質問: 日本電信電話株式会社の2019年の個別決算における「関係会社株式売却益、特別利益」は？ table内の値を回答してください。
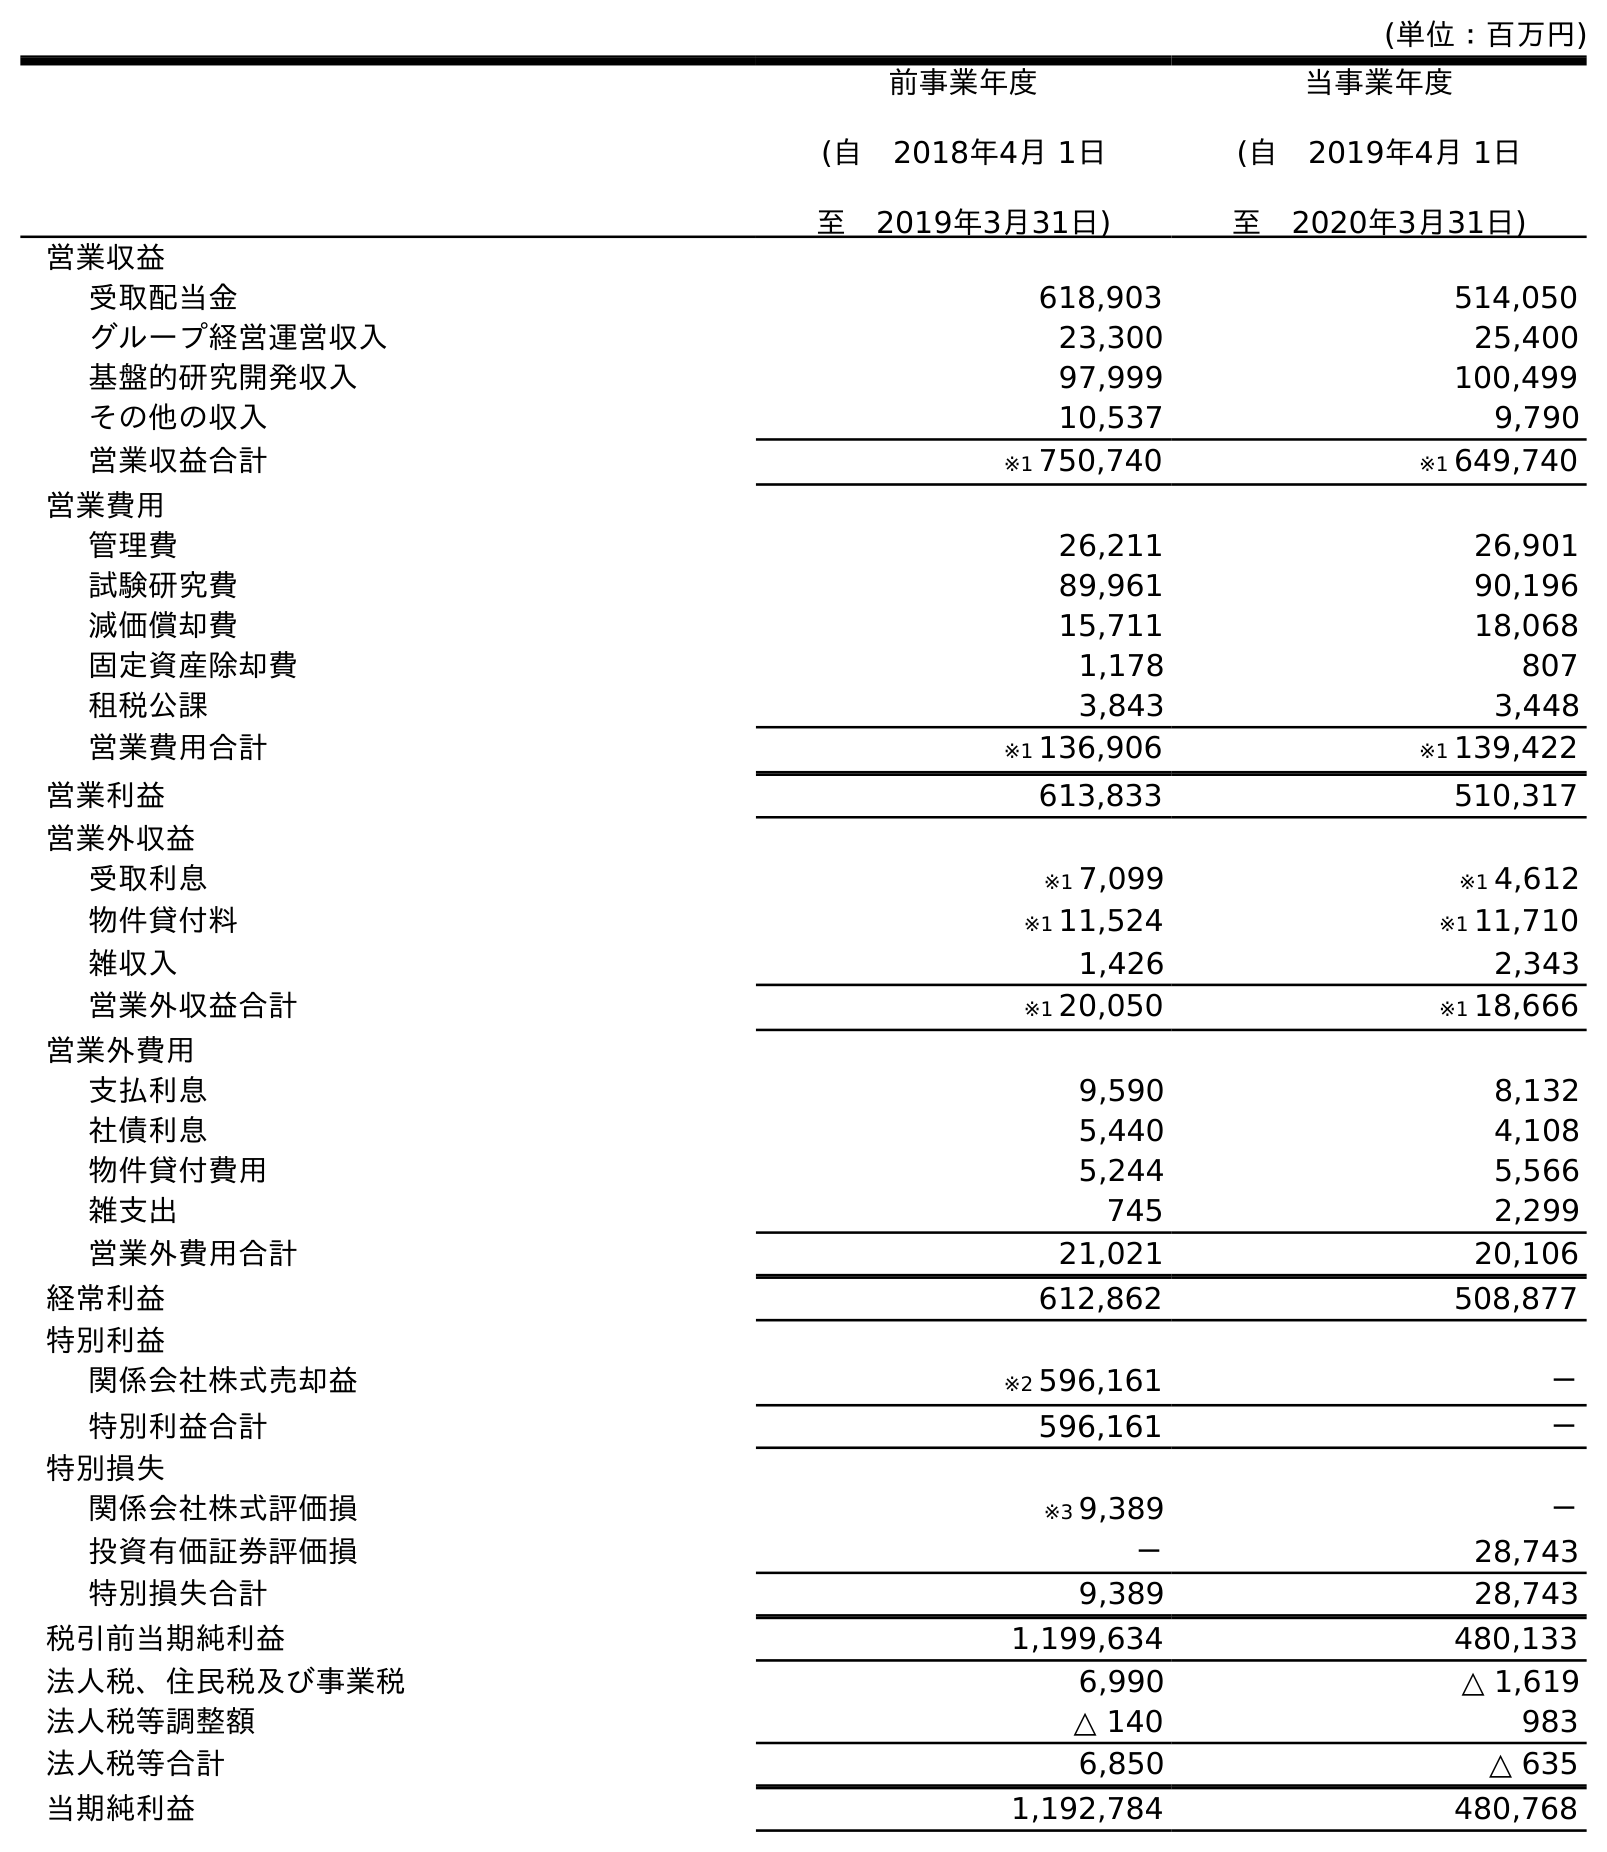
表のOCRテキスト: (単位：百万円) 前事業年度 (自 2018年4月 1日 至 2019年3月31日) 当事業年度 (自 2019年4月 1日 至 2020年3月31日) 営業収益 受取配当金 618,903 514,050 グループ経営運営収入 23,300 25,400 基盤的研究開発収入 97,999 100,499 その他の収入 10,537 9,790 営業収益合計 ※1 750,740 ※1 649,740 営業費用 管理費 26,211 26,901 試験研究費 89,961 90,196 減価償却費 15,711 18,068 固定資産除却費 1,178 807 租税公課 3,843 3,448 営業費用合計 ※1 136,906 ※1 139,422 営業利益 613,833 510,317 営業外収益 受取利息 ※1 7,099 ※1 4,612 物件貸付料 ※1 11,524 ※1 11,710 雑収入 1,426 2,343 営業外収益合計 ※1 20,050 ※1 18,666 営業外費用 支払利息 9,590 8,132 社債利息 5,440 4,108 物件貸付費用 5,244 5,566 雑支出 745 2,299 営業外費用合計 21,021 20,106 経常利益 612,862 508,877 特別利益 関係会社株式売却益 ※2 596,161 － 特別利益合計 596,161 － 特別損失 関係会社株式評価損 ※3 9,389 － 投資有価証券評価損 － 28,743 特別損失合計 9,389 28,743 税引前当期純利益 1,199,634 480,133 法人税、住民税及び事業税 6,990 △ 1,619 法人税等調整額 △ 140 983 法人税等合計 6,850 △ 635 当期純利益 1,192,784 480,768
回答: ※2596,161